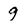
Character: g